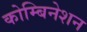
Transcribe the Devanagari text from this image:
कोम्बिनेशन